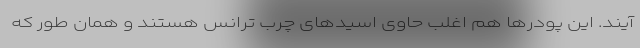
آیند. این پودرها هم اغلب حاوی اسیدهای چرب ترانس هستند و همان طور که